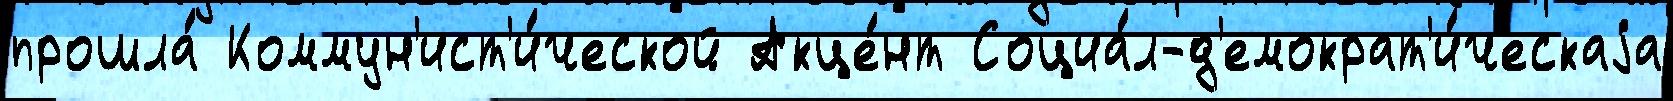
прошла́ Коммун'ист'и́ческой Акце́нт Социа́л-д'емократ'и́ческаjа